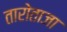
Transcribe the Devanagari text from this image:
तारोताजा